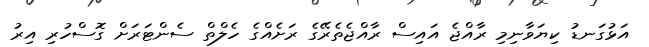
އަޅުގަނޑު ކިޔަވާނިމި ރާއްޖެ އައިސް ރާއްޖެތެރޭގެ ރަށެއްގެ ހެލްތް ސެންޓަރަށް ގޮސްހުރި އިރު